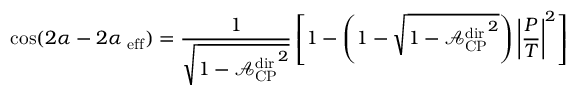
\cos ( 2 \alpha - 2 \alpha _ { \mathrm { \mathrm { \scriptsize ~ e f f } } } ) = \frac { 1 } { \sqrt { 1 - { \mathcal { A } _ { \mathrm { C P } } ^ { \mathrm { d i r } } } ^ { 2 } } } \left[ 1 - \left( 1 - \sqrt { 1 - { \mathcal { A } _ { \mathrm { C P } } ^ { \mathrm { d i r } } } ^ { 2 } } \right) \left| \frac { P } { T } \right| ^ { 2 } \right]